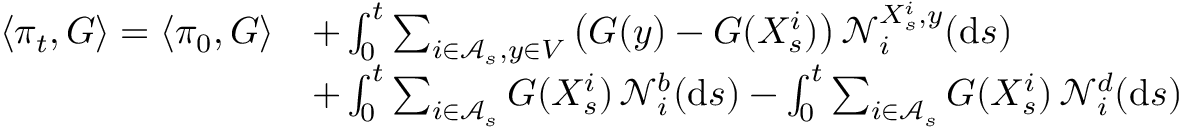
\begin{array} { r l } { \langle \pi _ { t } , G \rangle = \langle \pi _ { 0 } , G \rangle } & { + \int _ { 0 } ^ { t } \sum _ { i \in \mathcal A _ { s } , y \in V } \big ( G ( y ) - G ( X _ { s } ^ { i } ) \big ) \, \mathcal N _ { i } ^ { X _ { s } ^ { i } , y } ( \mathrm { d } s ) } \\ & { + \int _ { 0 } ^ { t } \sum _ { i \in \mathcal A _ { s } } G ( X _ { s } ^ { i } ) \, \mathcal N _ { i } ^ { b } ( \mathrm { d } s ) - \int _ { 0 } ^ { t } \sum _ { i \in \mathcal A _ { s } } G ( X _ { s } ^ { i } ) \, \mathcal N _ { i } ^ { d } ( \mathrm { d } s ) } \end{array}